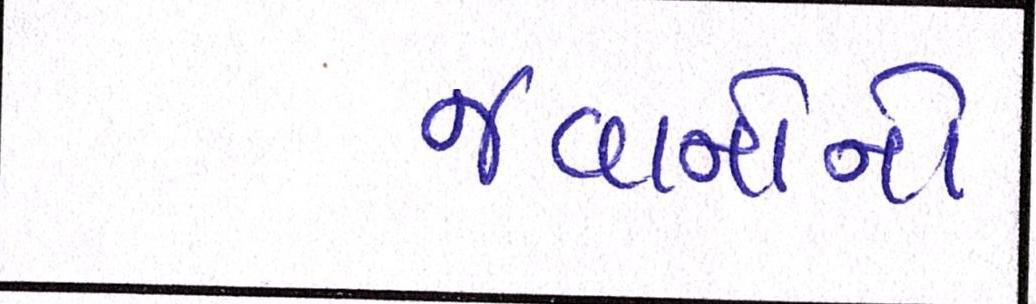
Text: જવાનોનો